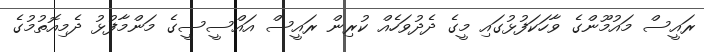
ރައީސް މައުމޫންގެ ވާހަކަފުޅުގައި މީގެ ދެދުވަހެއް ކުރިން ރައީސް އައްސީސީގެ މަންމާފުޅު ދެމިއޮތުމުގެ